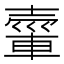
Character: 𮝘